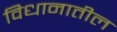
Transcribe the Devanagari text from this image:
विधानातील